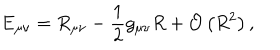
\mathrm { E } _ { \mu \nu } = R _ { \mu \nu } - \frac { 1 } { 2 } g _ { \mu \nu } R + { \cal O } \left( R ^ { 2 } \right) , \qquad